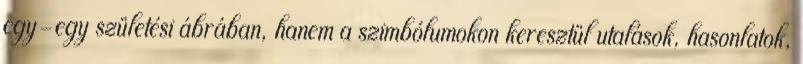
egy-egy születési ábrában, hanem a szimbólumokon keresztül utalások, hasonlatok,